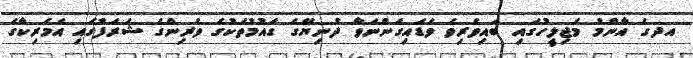
އދގެ އާންމު މަޖިލީހުގައި ބައިވެރިވެ ވަޑައިގަންނަވާ ދުނިޔޭގެ ގައުމުތަކުގެ ވެރިންގެ ޝަރަފުގައި އެމެރިކާގެ